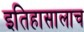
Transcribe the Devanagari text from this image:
इतिहासालाच